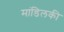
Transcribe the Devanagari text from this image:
मांडिलकी